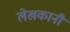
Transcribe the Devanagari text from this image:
लेखकानी